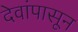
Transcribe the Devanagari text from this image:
देवांपासून